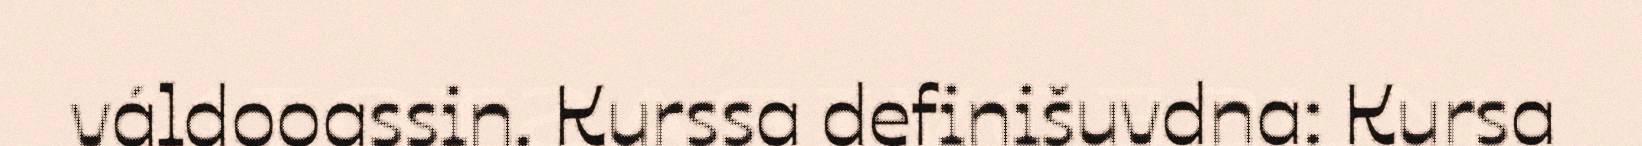
váldooassin. Kurssa definišuvdna: Kursa